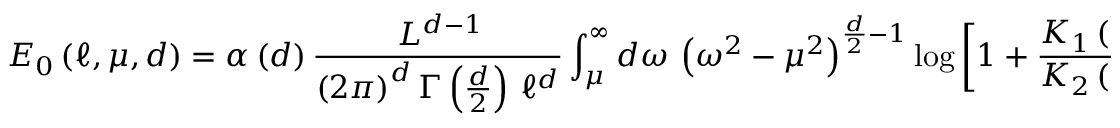
E _ { 0 } \left( \ell , \mu , d \right) = \alpha \left( d \right) \frac { \, L ^ { d - 1 } } { \left( 2 \pi \right) ^ { d } \Gamma \left( \frac { d } { 2 } \right) \, \ell ^ { d } } \int _ { \mu } ^ { \infty } d \omega \, \left( \omega ^ { 2 } - \mu ^ { 2 } \right) ^ { \frac { d } { 2 } - 1 } \log \left[ 1 + \frac { K _ { 1 } \left( \omega \right) } { K _ { 2 } \left( \omega \right) } \right] .